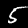
Label: 5